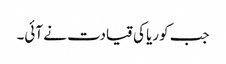
جب کوریا کی قیادت نے آئی۔